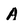
Character: A